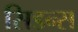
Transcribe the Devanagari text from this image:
सिडन्स